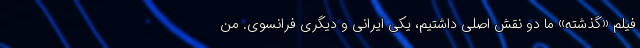
فیلم «گذشته» ما دو نقش اصلی داشتیم، یکی ایرانی و دیگری فرانسوی. من